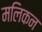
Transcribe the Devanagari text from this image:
मलिकन